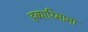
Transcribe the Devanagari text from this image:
हब्‍यारिमाना